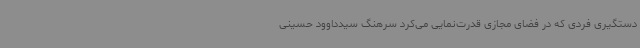
دستگیری فردی که در فضای مجازی قدرت‌نمایی می‌کرد سرهنگ سیدداوود حسینی